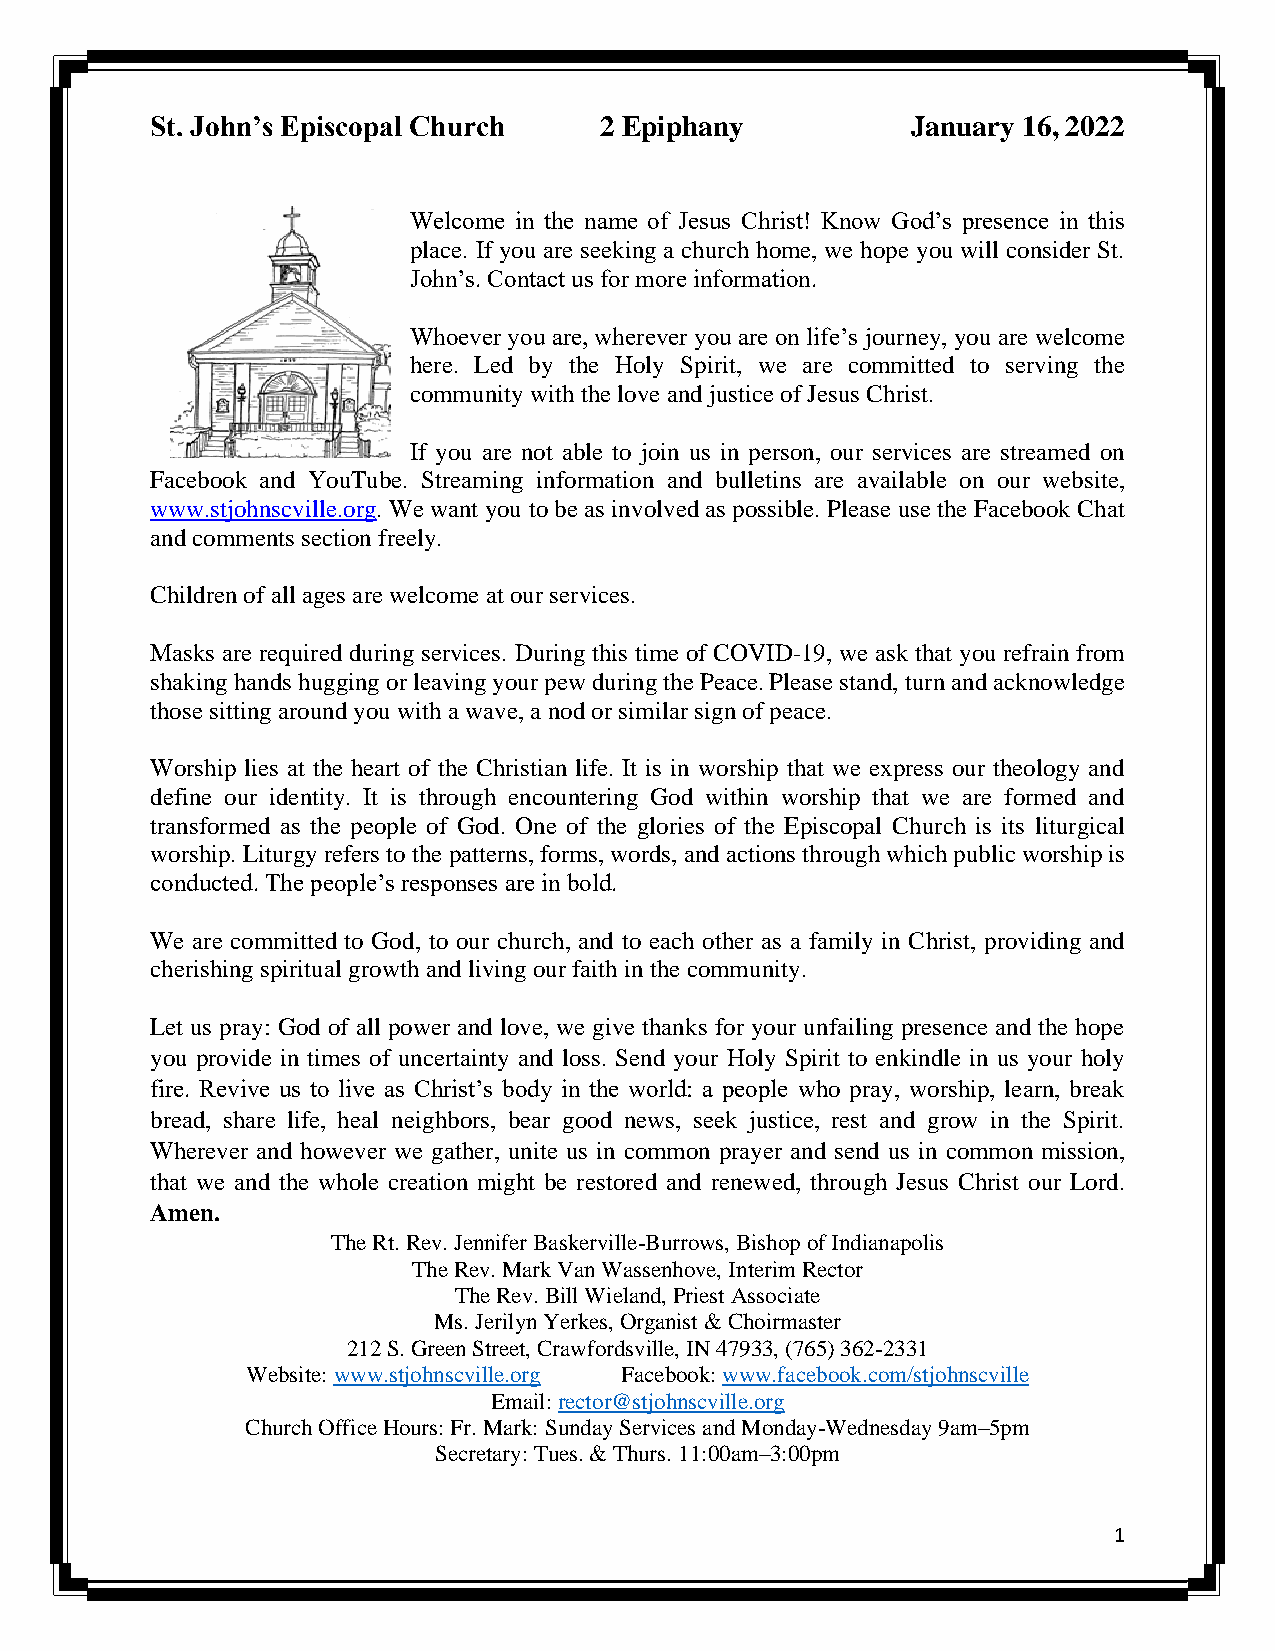
St. John’s Episcopal Church   2 Epiphany          January 16, 2022
 Welcome in the name of Jesus Christ! Know God’s presence in this
 place. If you are seeking a church home, we hope you will consider St.
 John’s. Contact us for more information.
 Whoever you are, wherever you are on life’s journey, you are welcome
 here. Led by the Holy Spirit, we are committed to serving the
 community with the love and justice of Jesus Christ.
 If you are not able to join us in person, our services are streamed on
 Facebook and YouTube. Streaming information and bulletins are available on our website,
 www.stjohnscville.org. We want you to be as involved as possible. Please use the Facebook Chat
 and comments section freely.
 Children of all ages are welcome at our services.
 Masks are required during services. During this time of COVID-19, we ask that you refrain from
 shaking hands hugging or leaving your pew during the Peace. Please stand, turn and acknowledge
 those sitting around you with a wave, a nod or similar sign of peace.
 Worship lies at the heart of the Christian life. It is in worship that we express our theology and
 define our identity. It is through encountering God within worship that we are formed and
 transformed as the people of God. One of the glories of the Episcopal Church is its liturgical
 worship. Liturgy refers to the patterns, forms, words, and actions through which public worship is
 conducted. The people’s responses are in bold.
 We are committed to God, to our church, and to each other as a family in Christ, providing and
 cherishing spiritual growth and living our faith in the community.
 Let us pray: God of all power and love, we give thanks for your unfailing presence and the hope
 you provide in times of uncertainty and loss. Send your Holy Spirit to enkindle in us your holy
 fire. Revive us to live as Christ’s body in the world: a people who pray, worship, learn, break
 bread, share life, heal neighbors, bear good news, seek justice, rest and grow in the Spirit.
 Wherever and however we gather, unite us in common prayer and send us in common mission,
 that we and the whole creation might be restored and renewed, through Jesus Christ our Lord.
 Amen.
 The Rt. Rev. Jennifer Baskerville-Burrows, Bishop of Indianapolis
 The Rev. Mark Van Wassenhove, Interim Rector
 The Rev. Bill Wieland, Priest Associate
 Ms. Jerilyn Yerkes, Organist & Choirmaster
 212 S. Green Street, Crawfordsville, IN 47933, (765) 362-2331
 Website: www.stjohnscville.org Facebook: www.facebook.com/stjohnscville
 Email: rector@stjohnscville.org
 Church Office Hours: Fr. Mark: Sunday Services and Monday-Wednesday 9am–5pm
 Secretary: Tues. & Thurs. 11:00am–3:00pm
 1